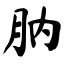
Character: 肭